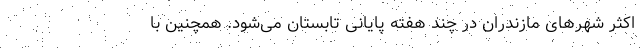
اکثر شهرهای مازندران در چند هفته پایانی تابستان می‌شود. همچنین با